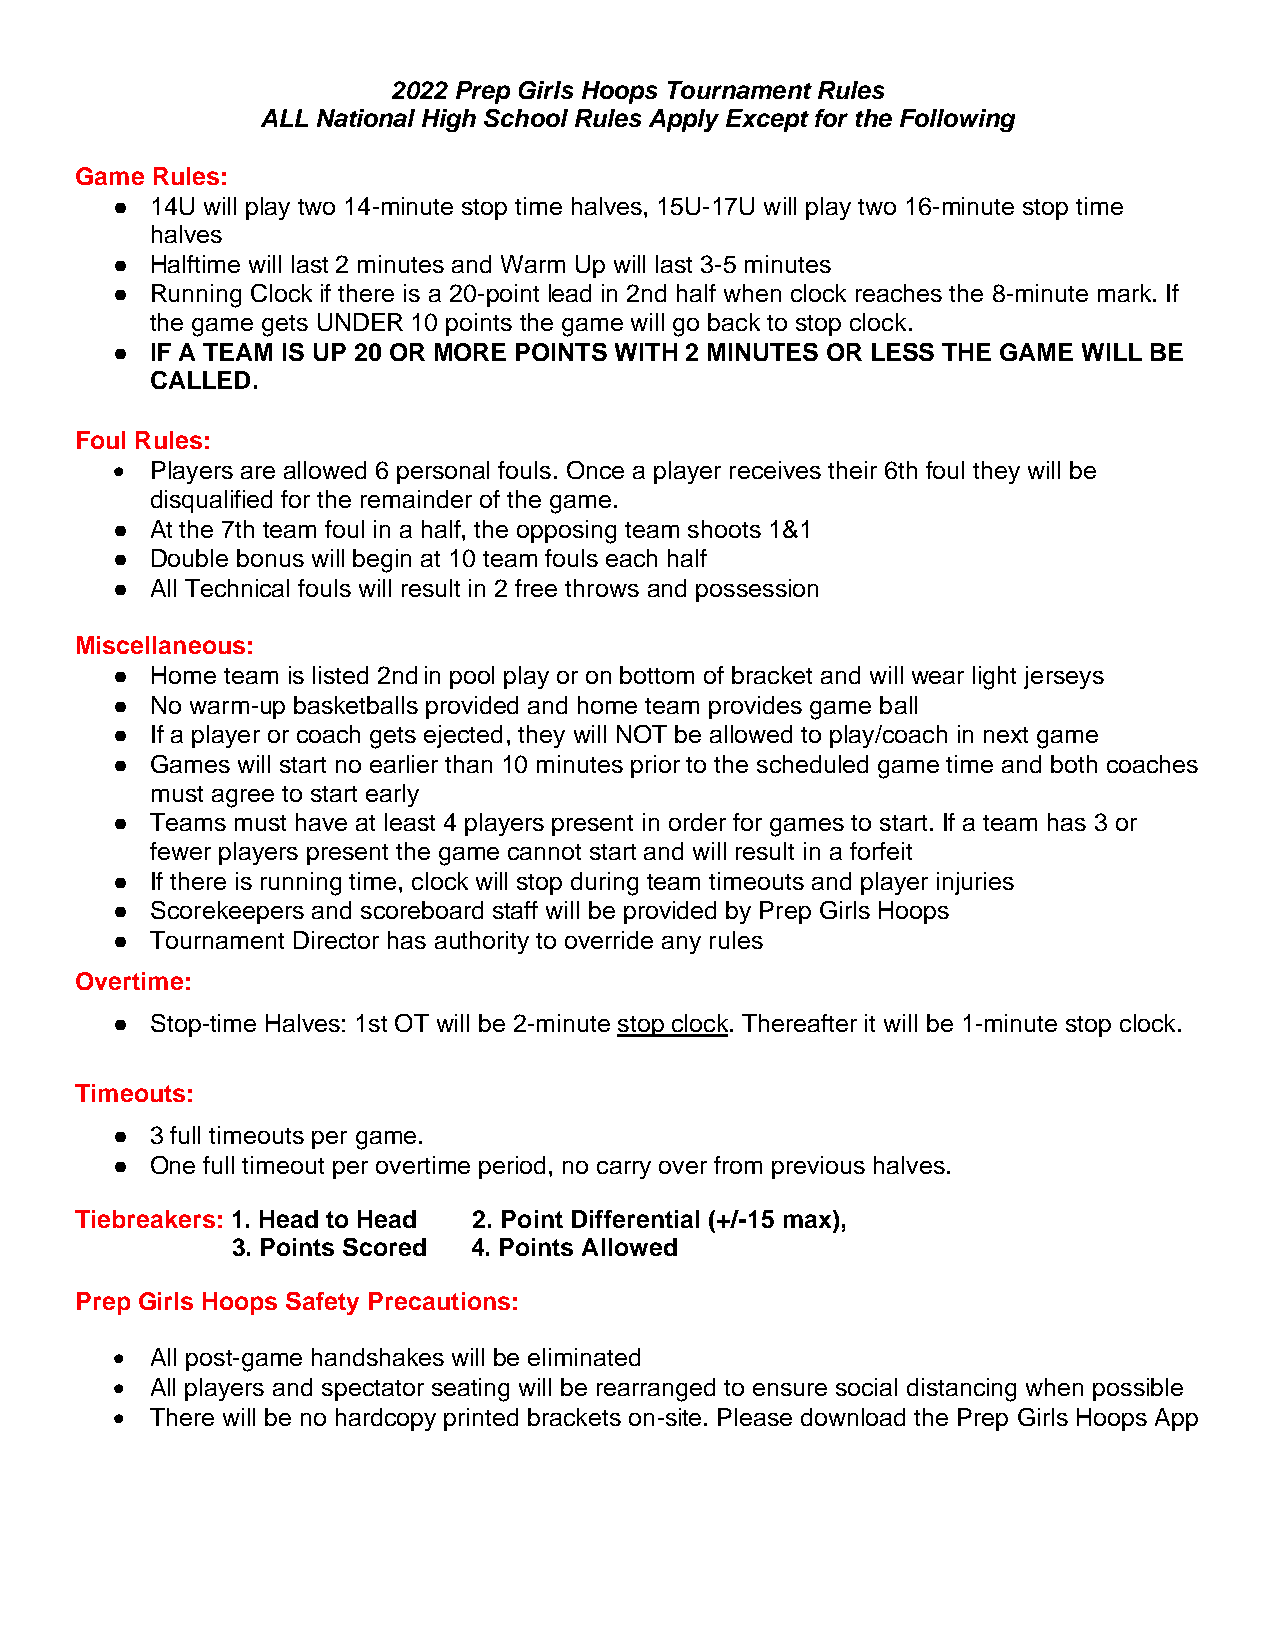
2022 Prep Girls Hoops Tournament Rules
 ALL National High School Rules Apply Except for the Following
 Game Rules:
 ●  14U will play two 14-minute stop time halves, 15U-17U will play two 16-minute stop time
 halves
 ●  Halftime will last 2 minutes and Warm Up will last 3-5 minutes
 ●  Running Clock if there is a 20-point lead in 2nd half when clock reaches the 8-minute mark. If
 the game gets UNDER 10 points the game will go back to stop clock.
 ●  IF A TEAM IS UP 20 OR MORE POINTS WITH 2 MINUTES OR LESS THE GAME WILL BE
 CALLED.
 Foul Rules:
 •  Players are allowed 6 personal fouls. Once a player receives their 6th foul they will be
 disqualified for the remainder of the game.
 ●  At the 7th team foul in a half, the opposing team shoots 1&1
 ●  Double bonus will begin at 10 team fouls each half
 ●  All Technical fouls will result in 2 free throws and possession
 Miscellaneous:
 ●  Home team is listed 2nd in pool play or on bottom of bracket and will wear light jerseys
 ●  No warm-up basketballs provided and home team provides game ball
 ●  If a player or coach gets ejected, they will NOT be allowed to play/coach in next game
 ●  Games will start no earlier than 10 minutes prior to the scheduled game time and both coaches
 must agree to start early
 ●  Teams must have at least 4 players present in order for games to start. If a team has 3 or
 fewer players present the game cannot start and will result in a forfeit
 ●  If there is running time, clock will stop during team timeouts and player injuries
 ●  Scorekeepers and scoreboard staff will be provided by Prep Girls Hoops
 ●  Tournament Director has authority to override any rules
 Overtime:
 ●  Stop-time Halves: 1st OT will be 2-minute stop clock. Thereafter it will be 1-minute stop clock.
 Timeouts:
 ●  3 full timeouts per game.
 ●  One full timeout per overtime period, no carry over from previous halves.
 Tiebreakers: 1. Head to Head 2. Point Differential (+/-15 max),
 3. Points Scored 4. Points Allowed
 Prep Girls Hoops Safety Precautions:
 •  All post-game handshakes will be eliminated
 •  All players and spectator seating will be rearranged to ensure social distancing when possible
 •  There will be no hardcopy printed brackets on-site. Please download the Prep Girls Hoops App